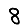
Digit: 8